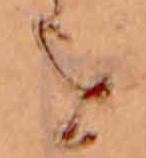
を